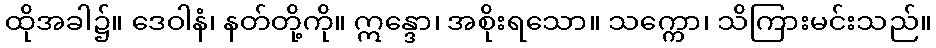
ထိုအခါ၌။ ဒေဝါနံ၊ နတ်တို့ကို။ ဣန္ဒော၊ အစိုးရသော။ သက္ကော၊ သိကြားမင်းသည်။